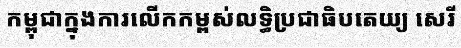
កម្ពុជាក្នុងការលើកកម្ពស់លទ្ធិប្រជាធិបតេយ្យ សេរី